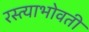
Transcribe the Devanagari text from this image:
रस्त्याभोवती